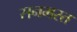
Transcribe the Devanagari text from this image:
सनमस्त